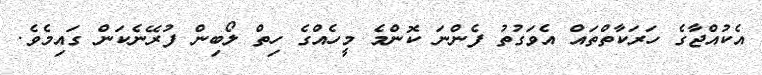
އެކުއްޖާގެ ހަރަކާތްތައް އެވަގުތު ފެންނަ ކޮންމެ މީހެއްގެ ހިތް ލޯބިން ފުރޭނެކަން ގައިމެވެ.